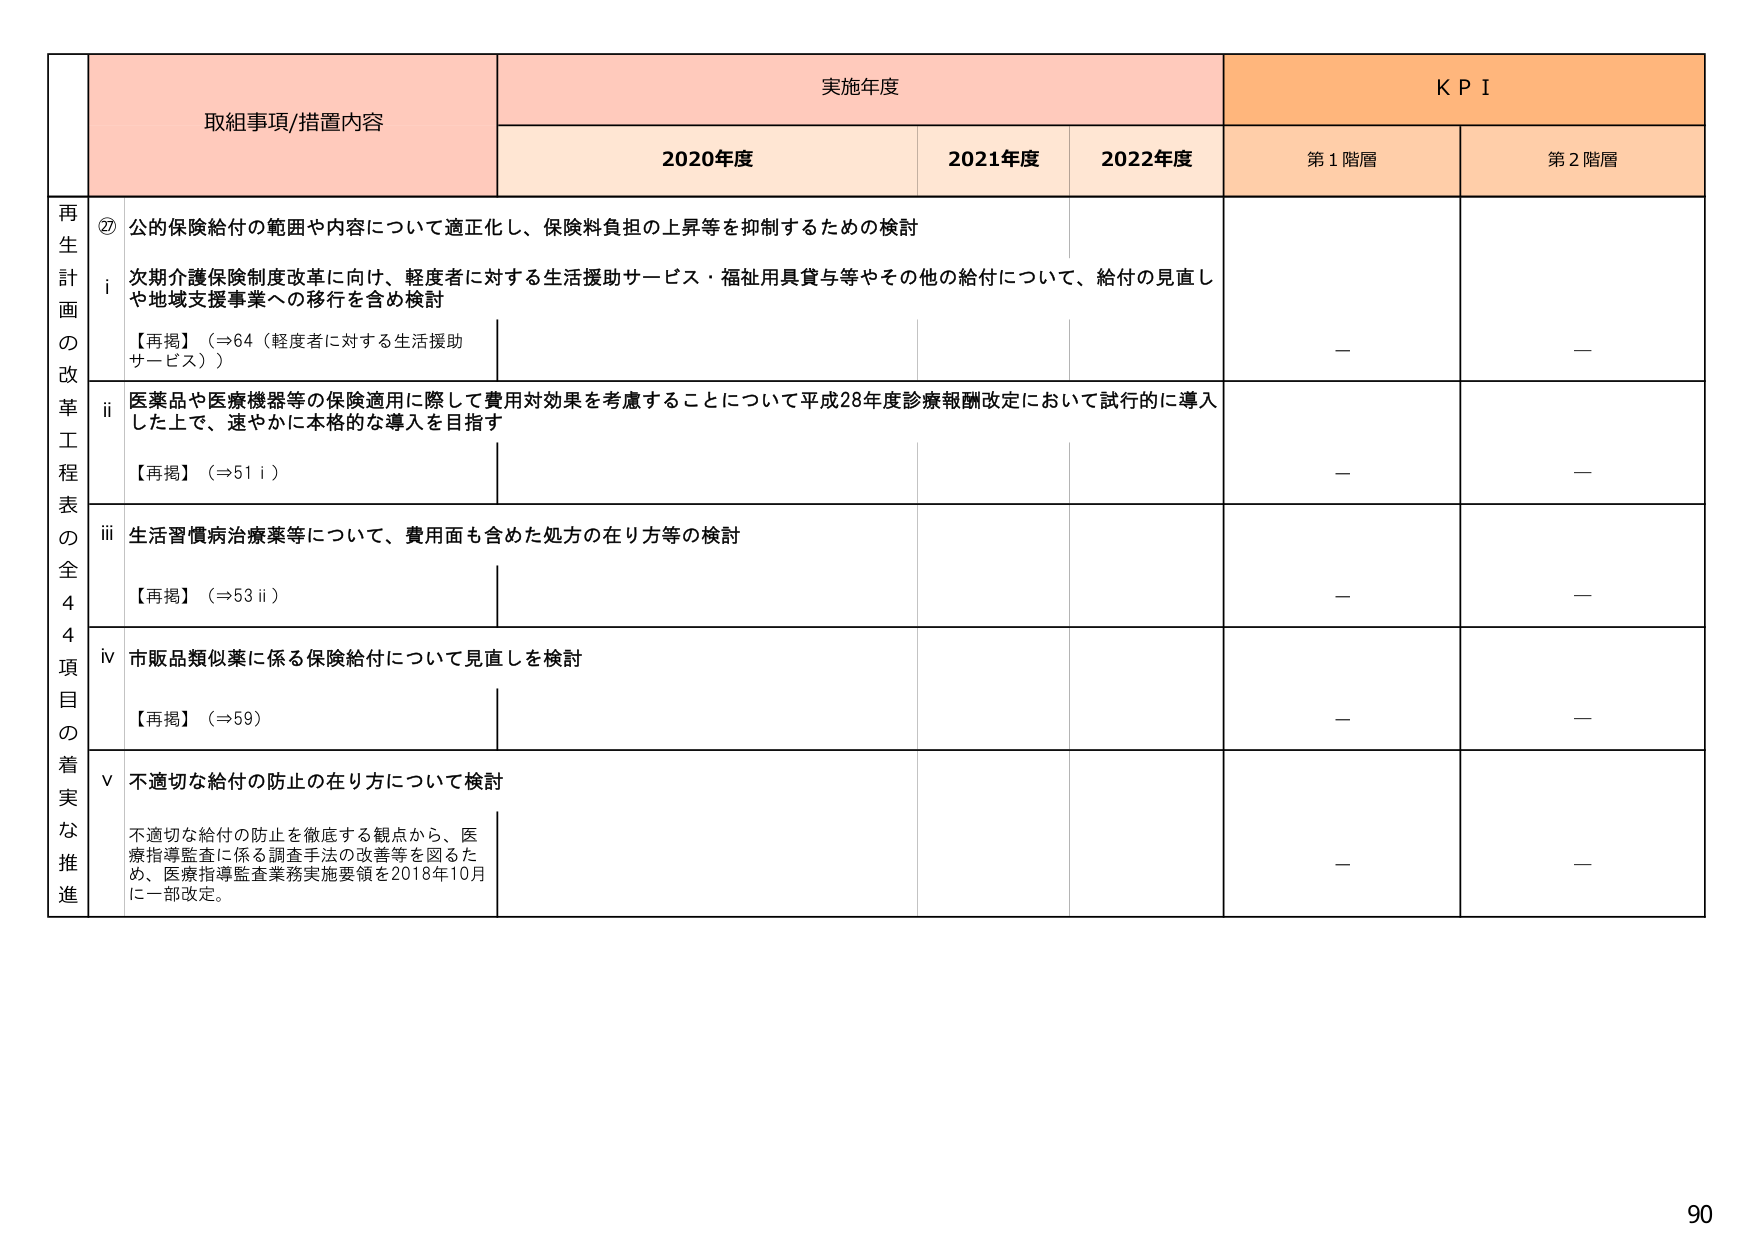
実施年度
K P I
取組事項/措置内容
2020年度
2021年度
2022年度
第1階層
第2階層

再生計画の改革工程表の全44項目の着実な推進
⑦ 公的保険給付の範囲や内容について適正化し、保険料負担の上昇等を抑制するための検討
i 次期介護保険制度改革に向け、軽度者に対する生活援助サービス・福祉用具貸与等やその他の給付について、給付の見直しや地域支援事業への移行を含め検討
【再掲】（⇒64（軽度者に対する生活援助サービス））
－
－
ii 医薬品や医療機器等の保険適用に際して費用対効果を考慮することについて平成28年度診療報酬改定において試行的に導入した上で、速やかに本格的な導入を目指す
【再掲】（⇒51 i）
－
－
iii 生活習慣病治療薬等について、費用面も含めた処方の在り方等の検討
【再掲】（⇒53 ii）
－
－
iv 市販品類似薬に係る保険給付について見直しを検討
【再掲】（⇒59）
－
－
v 不適切な給付の防止の在り方について検討
不適切な給付の防止を徹底する観点から、医療指導監査に係る調査手法の改善等を図るため、医療指導監査業務実施要領を2018年10月に一部改定。
－
－

90